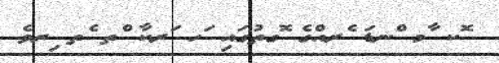
ޮކ ާމ ްނޑަ ެރއްގެ ޮގތުގައި ަހ ަރކާ ްތ ެތ ިރވެ